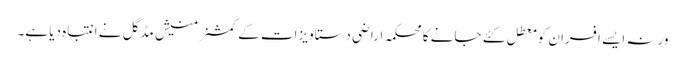
ورنہ ایسے افسران کو معطل کئے جانے کا محکمہ اراضی دستاویزات کے کمشنر منیش مڈگل نے انتباہ دیا ہے۔